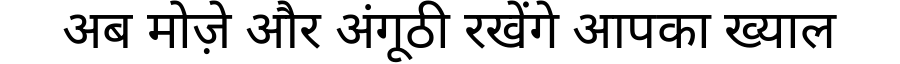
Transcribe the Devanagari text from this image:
अब मोज़े और अंगूठी रखेंगे आपका ख्याल